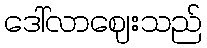
ဒေါ်လာဈေးသည်